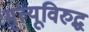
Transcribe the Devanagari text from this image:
मृत्यूविरुद्ध